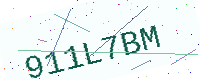
Text: 911L7BM